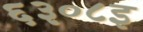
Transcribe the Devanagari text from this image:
६३०८इ